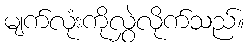
မျက်လုံးကိုလွှဲလိုက်သည်။